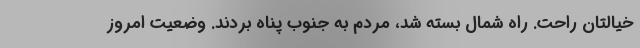
خیالتان راحت. راه شمال بسته شد، مردم به جنوب پناه بردند. وضعیت امروز